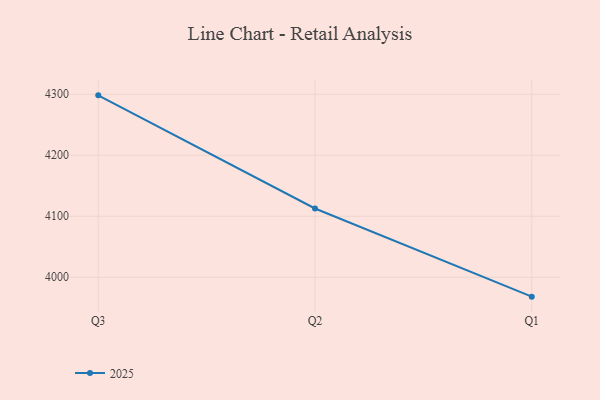
{"axis": {"x": "Quarter", "y": "Budget (USD K)"}, "legend": ["2025"], "data": [{"x": "Q3", "y": 4298.2, "type": "2025"}, {"x": "Q2", "y": 4112.7, "type": "2025"}, {"x": "Q1", "y": 3968.2, "type": "2025"}]}